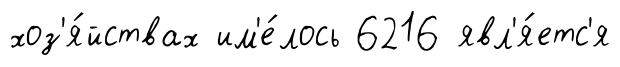
хоз'я́йствах им'е́лось 6216 явл'я́етс'я